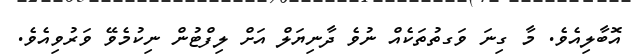
އޮބާލިއެވެ. މާ ގިނަ ވަގތުތަކެއް ނުވެ ދާނިޔަލް އަށް ލިފްޓުން ނިކުމެވޭ ވަރުވިއެވެ.